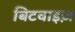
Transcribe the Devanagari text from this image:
बिटवाइज़